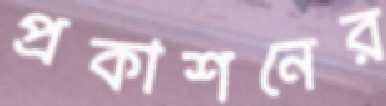
প্রকাশনের